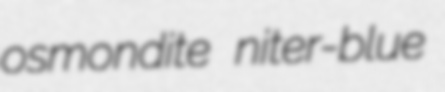
osmondite niter-blue